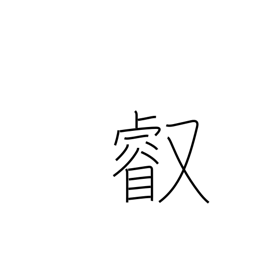
Meaning: imperial